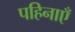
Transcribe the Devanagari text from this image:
पहिनाएँ